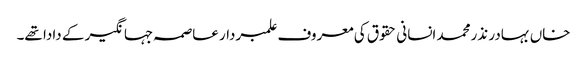
خاں بہادر نذرمحمد انسانی حقوق کی معروف علمبردار عاصمہ جہانگیر کے دادا تھے۔